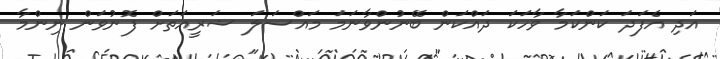
އަދި އެފަދަ ކަންކަމާ ވާހަކަ ދައްކަން ބޭނުންވާނަމަ މައްސަލަ ޝަރީއަތަށް ފޮނުވަން ނިންމާ